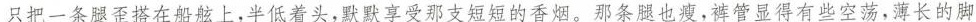
只把一条腿亚搭在船舷上，半低着头，默默享受那支短短的香烟，那条也瘦，裤管显得有些空荡，薄长的脚